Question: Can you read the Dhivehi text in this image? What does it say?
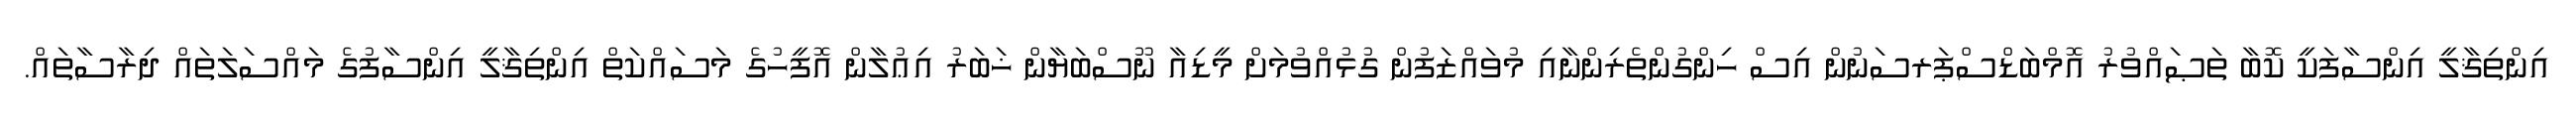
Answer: އިންތިޤާލީ އިންސާފަކީ ކޮބާ ތަޞައްވުރު އޮމްބަޑްސްޕަރސަނުން އިސް ހިންގުންތެރިންނާއި މުވައްޒަފުން ގުޅުއްވުމަށް މީޑިއާ ނޫސްބަޔާން ޚަބަރު އިޢުލާން އޮފީހުގެ މަސައްކަތް އިންތިޤާލީ އިންސާފުގެ މައްސަލަތައް ދިރާސާތައް.